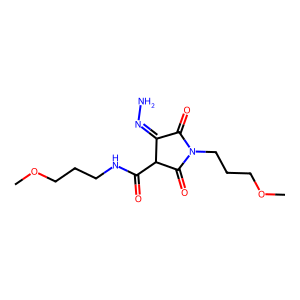
SMILES: COCCCNC(=O)C1C(=O)N(CCCOC)C(=O)C1=NN
Inhibits HIV replication: No